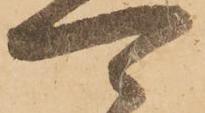
可